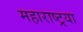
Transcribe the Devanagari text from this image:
महाराष्ट्रया